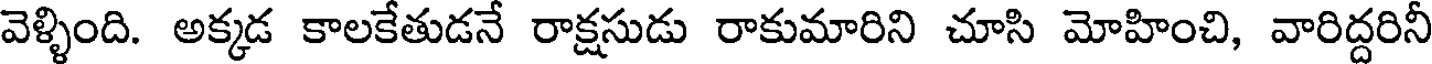
వెళ్ళింది. అక్కడ కాలకేతుడనే రాక్షసుడు రాకుమారిని చూసి మోహించి, వారిద్దరినీ